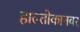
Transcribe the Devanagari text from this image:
हाल्तोकानवर